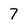
Character: 7